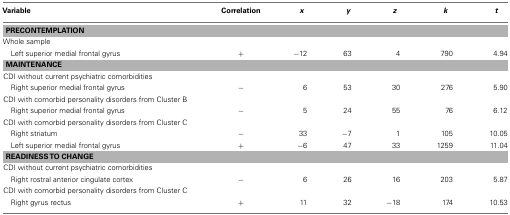
| Variable | Correlation | x | y | z | k | t |
 | --- | --- | --- | --- | --- | --- | --- |
 | <COLSPAN=7> PRECONTEMPLATION |
 | Whole sample |
 | Left superior medial frontal gyrus | + | −12 | 63 | 4 | 790 | 4.94 |
 | <COLSPAN=7> MAINTENANCE |
 | CDI without current psychiatric comorbidities |
 | Right superior medial frontal gyrus | − | 6 | 53 | 30 | 276 | 5.90 |
 | CDI with comorbid personality disorders from Cluster B |
 | Right superior medial frontal gyrus | − | 5 | 24 | 55 | 76 | 6.12 |
 | CDI with comorbid personality disorders from Cluster C |
 | Right striatum | − | 33 | −7 | 1 | 105 | 10.05 |
 | Left superior medial frontal gyrus | + | −6 | 47 | 33 | 1259 | 11.04 |
 | <COLSPAN=7> READINESS TO CHANGE |
 | CDI without current psychiatric comorbidities |
 | Right rostral anterior cingulate cortex | − | 6 | 26 | 16 | 203 | 5.87 |
 | CDI with comorbid personality disorders from Cluster C |
 | Right gyrus rectus | + | 11 | 32 | −18 | 174 | 10.53 |